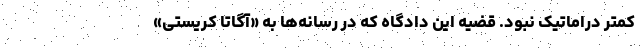
کمتر دراماتیک نبود. قضیه این دادگاه که در رسانه‌ها به «آگاتا کریستی»